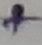
Text: +